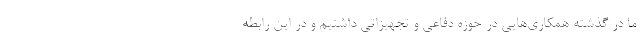
ما در گذشته همکاری‌هایی در حوزه دفاعی و تجهیزاتی داشتیم و در این رابطه